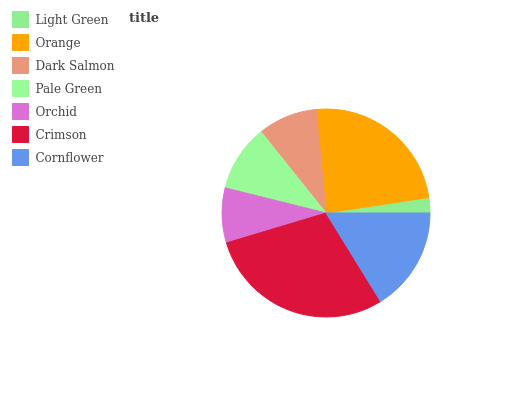
| Light Green | Orange | Dark Salmon | Pale Green | Orchid | Crimson | Cornflower |
 | --- | --- | --- | --- | --- | --- | --- |
 | 2.37% | 24.2% | 9.23% | 10.4% | 8.51% | 29.1% | 16.2% |